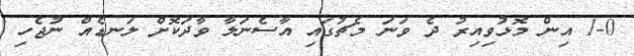
1-0 އިން މޮޅުވިއިރު ދެ ވަނަ މެޗުގައި އާސެނަލާ ވާދަކޮށް ލަނޑެއް ނުޖެހި